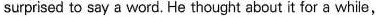
surprised to say a word. He thought about it for a while,